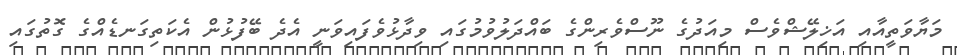
މަޔާވަތީއާއި އަޚިލޭޝްވެސް މިއަދުގެ ނޫސްވެރިންގެ ބައްދަލުވުމުގައި ވިދާޅުވެފައިވަނީ އެދެ ބޭފުޅުން އެކަތިގަނޑެއްގެ ގޮތުގައި